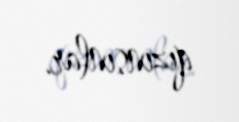
qızınsınlar.